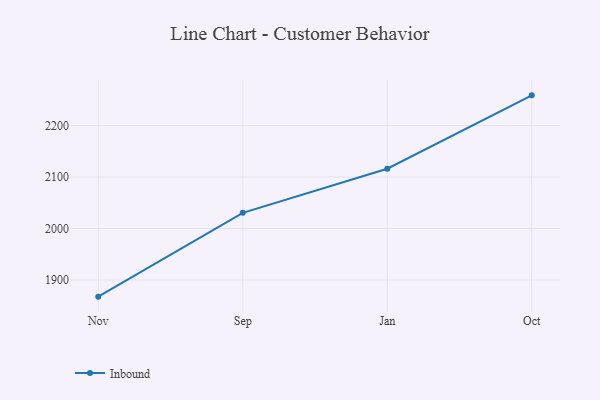
{"axis": {"x": "Month", "y": "Production Output"}, "legend": ["Inbound"], "data": [{"x": "Nov", "y": 1867.6, "type": "Inbound"}, {"x": "Sep", "y": 2030.4, "type": "Inbound"}, {"x": "Jan", "y": 2116.2, "type": "Inbound"}, {"x": "Oct", "y": 2258.7, "type": "Inbound"}]}